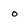
Character: 0